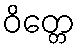
ဝိတ္တေ